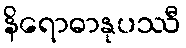
နိရောဓာနုပဿီ